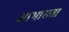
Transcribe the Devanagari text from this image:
आभासता